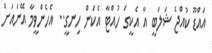
އައްޑޫ ކުއްޖެ ޝަލަބީ އާ އެކީގަ ހުއްޓާ އެކަން ހިނގީ.. އެހެންވީމާ އޭނައަށް